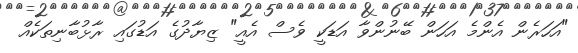
"އަހަރެން އެންމެ އަހަން ބޭނުންވާ އަޑަކީ ވެސް އެއީ" ޒިޔާދުގެ އަޑުގައި ރާޅުބާނިތަކެއް